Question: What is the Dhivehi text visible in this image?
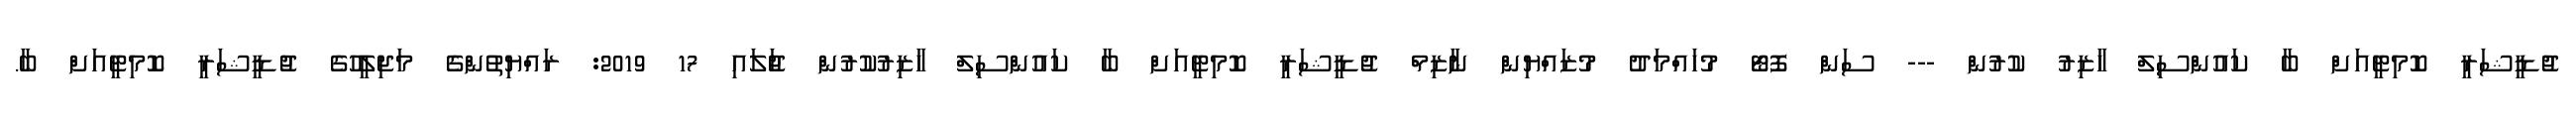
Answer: ޖުޑީޝަރީ ކޮމިޓީއަށް ބާ ކައުންސިލް ހާޒިރު ކުރުން --- ސަން ފޮޓޯ މުހައްމަދު މުޒައްޔިން ނާޒިމް ޖުޑީޝަރީ ކޮމިޓީއަށް ބާ ކައުންސިލް ހާޒިރުކުރުން ޖުަލައި 17 2019: ރައްޔިތުންގެ މަޖިލީހުގެ ޖުޑީޝަރީ ކޮމިޓީއަށް ބާ.